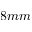
8 m m